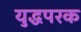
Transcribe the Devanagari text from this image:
युद्धपरक